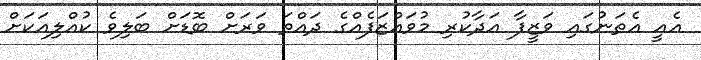
އެއީ އެތަނުގައި ވަޒީފާ އަދާކުރި މުވައްޒަފެއްގެ ދައްތަ ވަރަށް ބޮޑަށް ބަލިވެ ކުއްލިއަކަށް